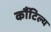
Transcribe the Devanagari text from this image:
कौंटिल्य